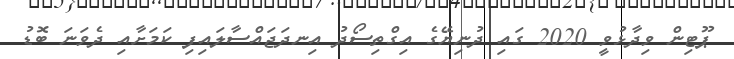
ޕޫޓިން ވިދާޅުވީ 2020 ގައި ދުނިޔޭގެ އިގްތިސޯދު އިނދަޖައްސާލައިފި ކަމަށާއި ދެވަނަ ބޮޑު